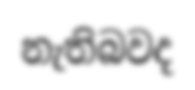
නැතිබවද